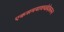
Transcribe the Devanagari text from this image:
एकसमयावच्छेदेकरुन